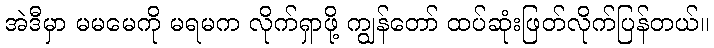
အဲဒီမှာ မမမေကို မရမက လိုက်ရှာဖို့ ကျွန်တော် ထပ်ဆုံးဖြတ်လိုက်ပြန်တယ်။